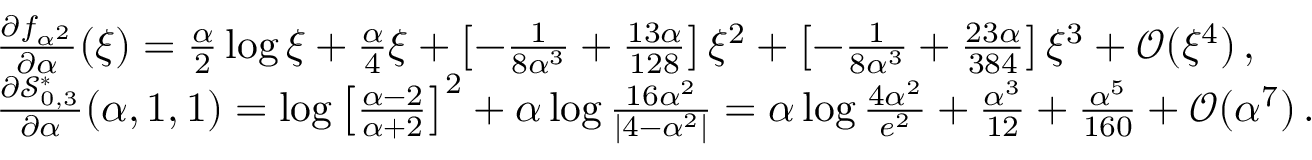
\begin{array} { r l } & { { \frac { \partial f _ { \alpha ^ { 2 } } } { \partial \alpha } } ( \xi ) = { \frac { \alpha } { 2 } } \log \xi + { \frac { \alpha } { 4 } } \xi + \left[ - { \frac { 1 } { 8 \alpha ^ { 3 } } } + { \frac { 1 3 \alpha } { 1 2 8 } } \right] \xi ^ { 2 } + \left[ - { \frac { 1 } { 8 \alpha ^ { 3 } } } + { \frac { 2 3 \alpha } { 3 8 4 } } \right] \xi ^ { 3 } + \mathcal { O } ( \xi ^ { 4 } ) \, , } \\ & { { \frac { \partial \mathcal { S } _ { 0 , 3 } ^ { \ast } } { \partial \alpha } } ( \alpha , 1 , 1 ) = \log \left[ { \frac { \alpha - 2 } { \alpha + 2 } } \right] ^ { 2 } + \alpha \log { \frac { 1 6 \alpha ^ { 2 } } { | 4 - \alpha ^ { 2 } | } } = \alpha \log { \frac { 4 \alpha ^ { 2 } } { e ^ { 2 } } } + { \frac { \alpha ^ { 3 } } { 1 2 } } + { \frac { \alpha ^ { 5 } } { 1 6 0 } } + \mathcal { O } ( \alpha ^ { 7 } ) \, . } \end{array}